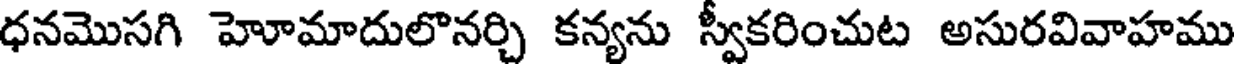
ధనమొసగి హెూమాదులొనర్చి కన్యను స్వీకరించుట అసురవివాహము